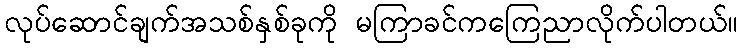
လုပ်ဆောင်ချက်အသစ်နှစ်ခုကို မကြာခင်ကကြေညာလိုက်ပါတယ်။